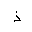
Letter: _thal